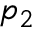
\boldsymbol { p _ { 2 } }